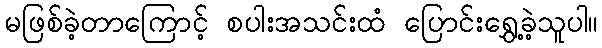
မဖြစ်ခဲ့တာကြောင့် စပါးအသင်းထံ ပြောင်းရွှေ့ခဲ့သူပါ။